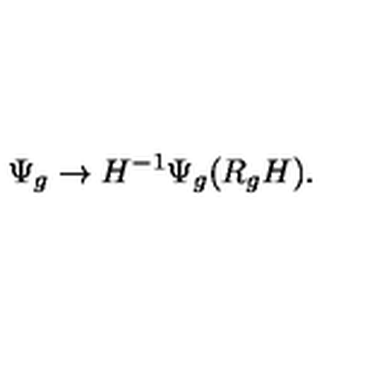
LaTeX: \Psi _ { g } \rightarrow H ^ { - 1 } \Psi _ { g } ( R _ { g } H ) .